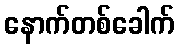
နောက်တစ်ခေါက်